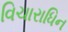
વિચારાધિન